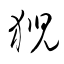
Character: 猊